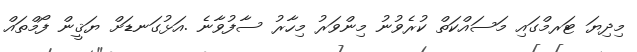
މިދިޔަ ޓަރމްގައި މަސައްކަތް ކުރެވުނު މިންވަރު މިހާރު ސާފުވާނެ .އަޅުގަނޑަށް ޔަޤީން ފޯމްތައް